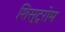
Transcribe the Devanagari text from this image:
शिस्ट्रोम